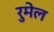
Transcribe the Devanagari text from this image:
रुमेल